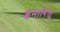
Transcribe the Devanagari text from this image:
इनारितु